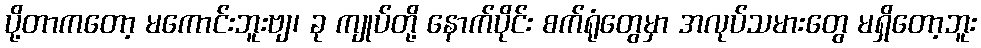
ပို့တာကတော့ မကောင်းဘူးဗျ၊ ခု ကျုပ်တို့ နောက်ပိုင်း စက်ရုံတွေမှာ အလုပ်သမားတွေ မရှိတော့ဘူး